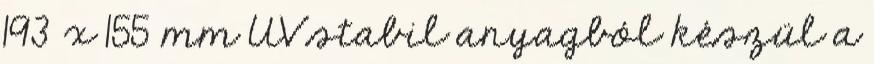
193 x 155 mm UV stabil anyagból készül a